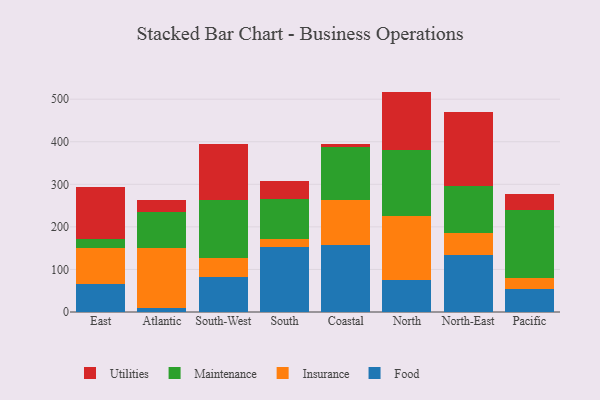
{"axis": {"x": "Region", "y": "Tickets Resolved"}, "legend": ["Food", "Insurance", "Maintenance", "Utilities"], "data": [{"x": "East", "y": 65.7, "type": "Food"}, {"x": "East", "y": 85.1, "type": "Insurance"}, {"x": "East", "y": 20.8, "type": "Maintenance"}, {"x": "East", "y": 122.6, "type": "Utilities"}, {"x": "Atlantic", "y": 8.5, "type": "Food"}, {"x": "Atlantic", "y": 141.6, "type": "Insurance"}, {"x": "Atlantic", "y": 84.9, "type": "Maintenance"}, {"x": "Atlantic", "y": 28.8, "type": "Utilities"}, {"x": "South-West", "y": 82.6, "type": "Food"}, {"x": "South-West", "y": 43.3, "type": "Insurance"}, {"x": "South-West", "y": 138.1, "type": "Maintenance"}, {"x": "South-West", "y": 131.7, "type": "Utilities"}, {"x": "South", "y": 153.2, "type": "Food"}, {"x": "South", "y": 18.3, "type": "Insurance"}, {"x": "South", "y": 93.2, "type": "Maintenance"}, {"x": "South", "y": 44.1, "type": "Utilities"}, {"x": "Coastal", "y": 156.3, "type": "Food"}, {"x": "Coastal", "y": 106.4, "type": "Insurance"}, {"x": "Coastal", "y": 125.9, "type": "Maintenance"}, {"x": "Coastal", "y": 5.6, "type": "Utilities"}, {"x": "North", "y": 74.1, "type": "Food"}, {"x": "North", "y": 151.7, "type": "Insurance"}, {"x": "North", "y": 153.8, "type": "Maintenance"}, {"x": "North", "y": 138.2, "type": "Utilities"}, {"x": "North-East", "y": 133.6, "type": "Food"}, {"x": "North-East", "y": 51.7, "type": "Insurance"}, {"x": "North-East", "y": 109.9, "type": "Maintenance"}, {"x": "North-East", "y": 173.7, "type": "Utilities"}, {"x": "Pacific", "y": 54.6, "type": "Food"}, {"x": "Pacific", "y": 24.5, "type": "Insurance"}, {"x": "Pacific", "y": 159.8, "type": "Maintenance"}, {"x": "Pacific", "y": 38.7, "type": "Utilities"}]}